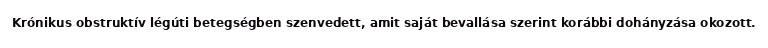
Krónikus obstruktív légúti betegségben szenvedett, amit saját bevallása szerint korábbi dohányzása okozott.